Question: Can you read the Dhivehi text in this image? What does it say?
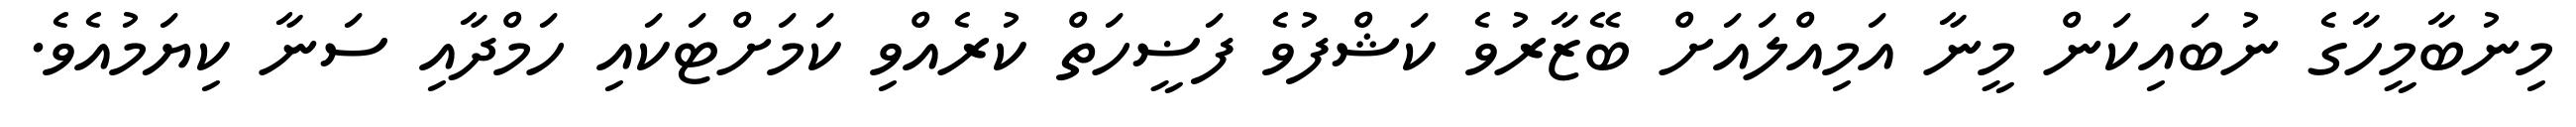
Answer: މިނުބާމީހާގެ ނުބައިކަން މީނާ އަމިއްލައަށް ބޭޒާރުވެ ކަޝްފުވެ ފަޟީހަތް ކުރެއްވި ކަމަށްޓަކައި ހަމްދާއި ސަނާ ކިޔަމުއެވެ.